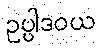
ဥပ္ပါဒဝယ